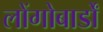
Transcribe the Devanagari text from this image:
लोंगोबार्डों